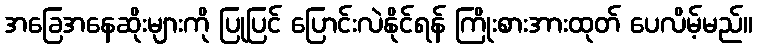
အခြေအနေဆိုးများကို ပြုပြင် ပြောင်းလဲနိုင်ရန် ကြိုးစားအားထုတ် ပေလိမ့်မည်။